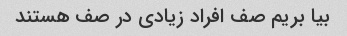
بیا بریم صف افراد زیادی در صف هستند